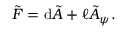
\tilde { F } = \mathrm { d } \tilde { A } + \ell \tilde { A } _ { \psi } .